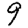
Digit: 9